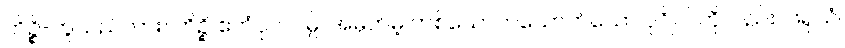
ကိဉ္စိ-ဟူသည်ကား။ ကိဉ္စိ ဧကံပုဂ္ဂလမ္ပိ၊ အမှတ်မဲ့ တစ်ယောက်ယောက်သော ပုဂ္ဂိုလ်ကိုလည်း။ ဖရုသံ၊